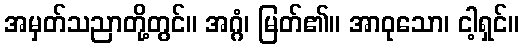
အမှတ်သညာတို့တွင်။ အဂ္ဂံ၊ မြတ်၏။ အာဝုသော၊ ငါ့ရှင်။